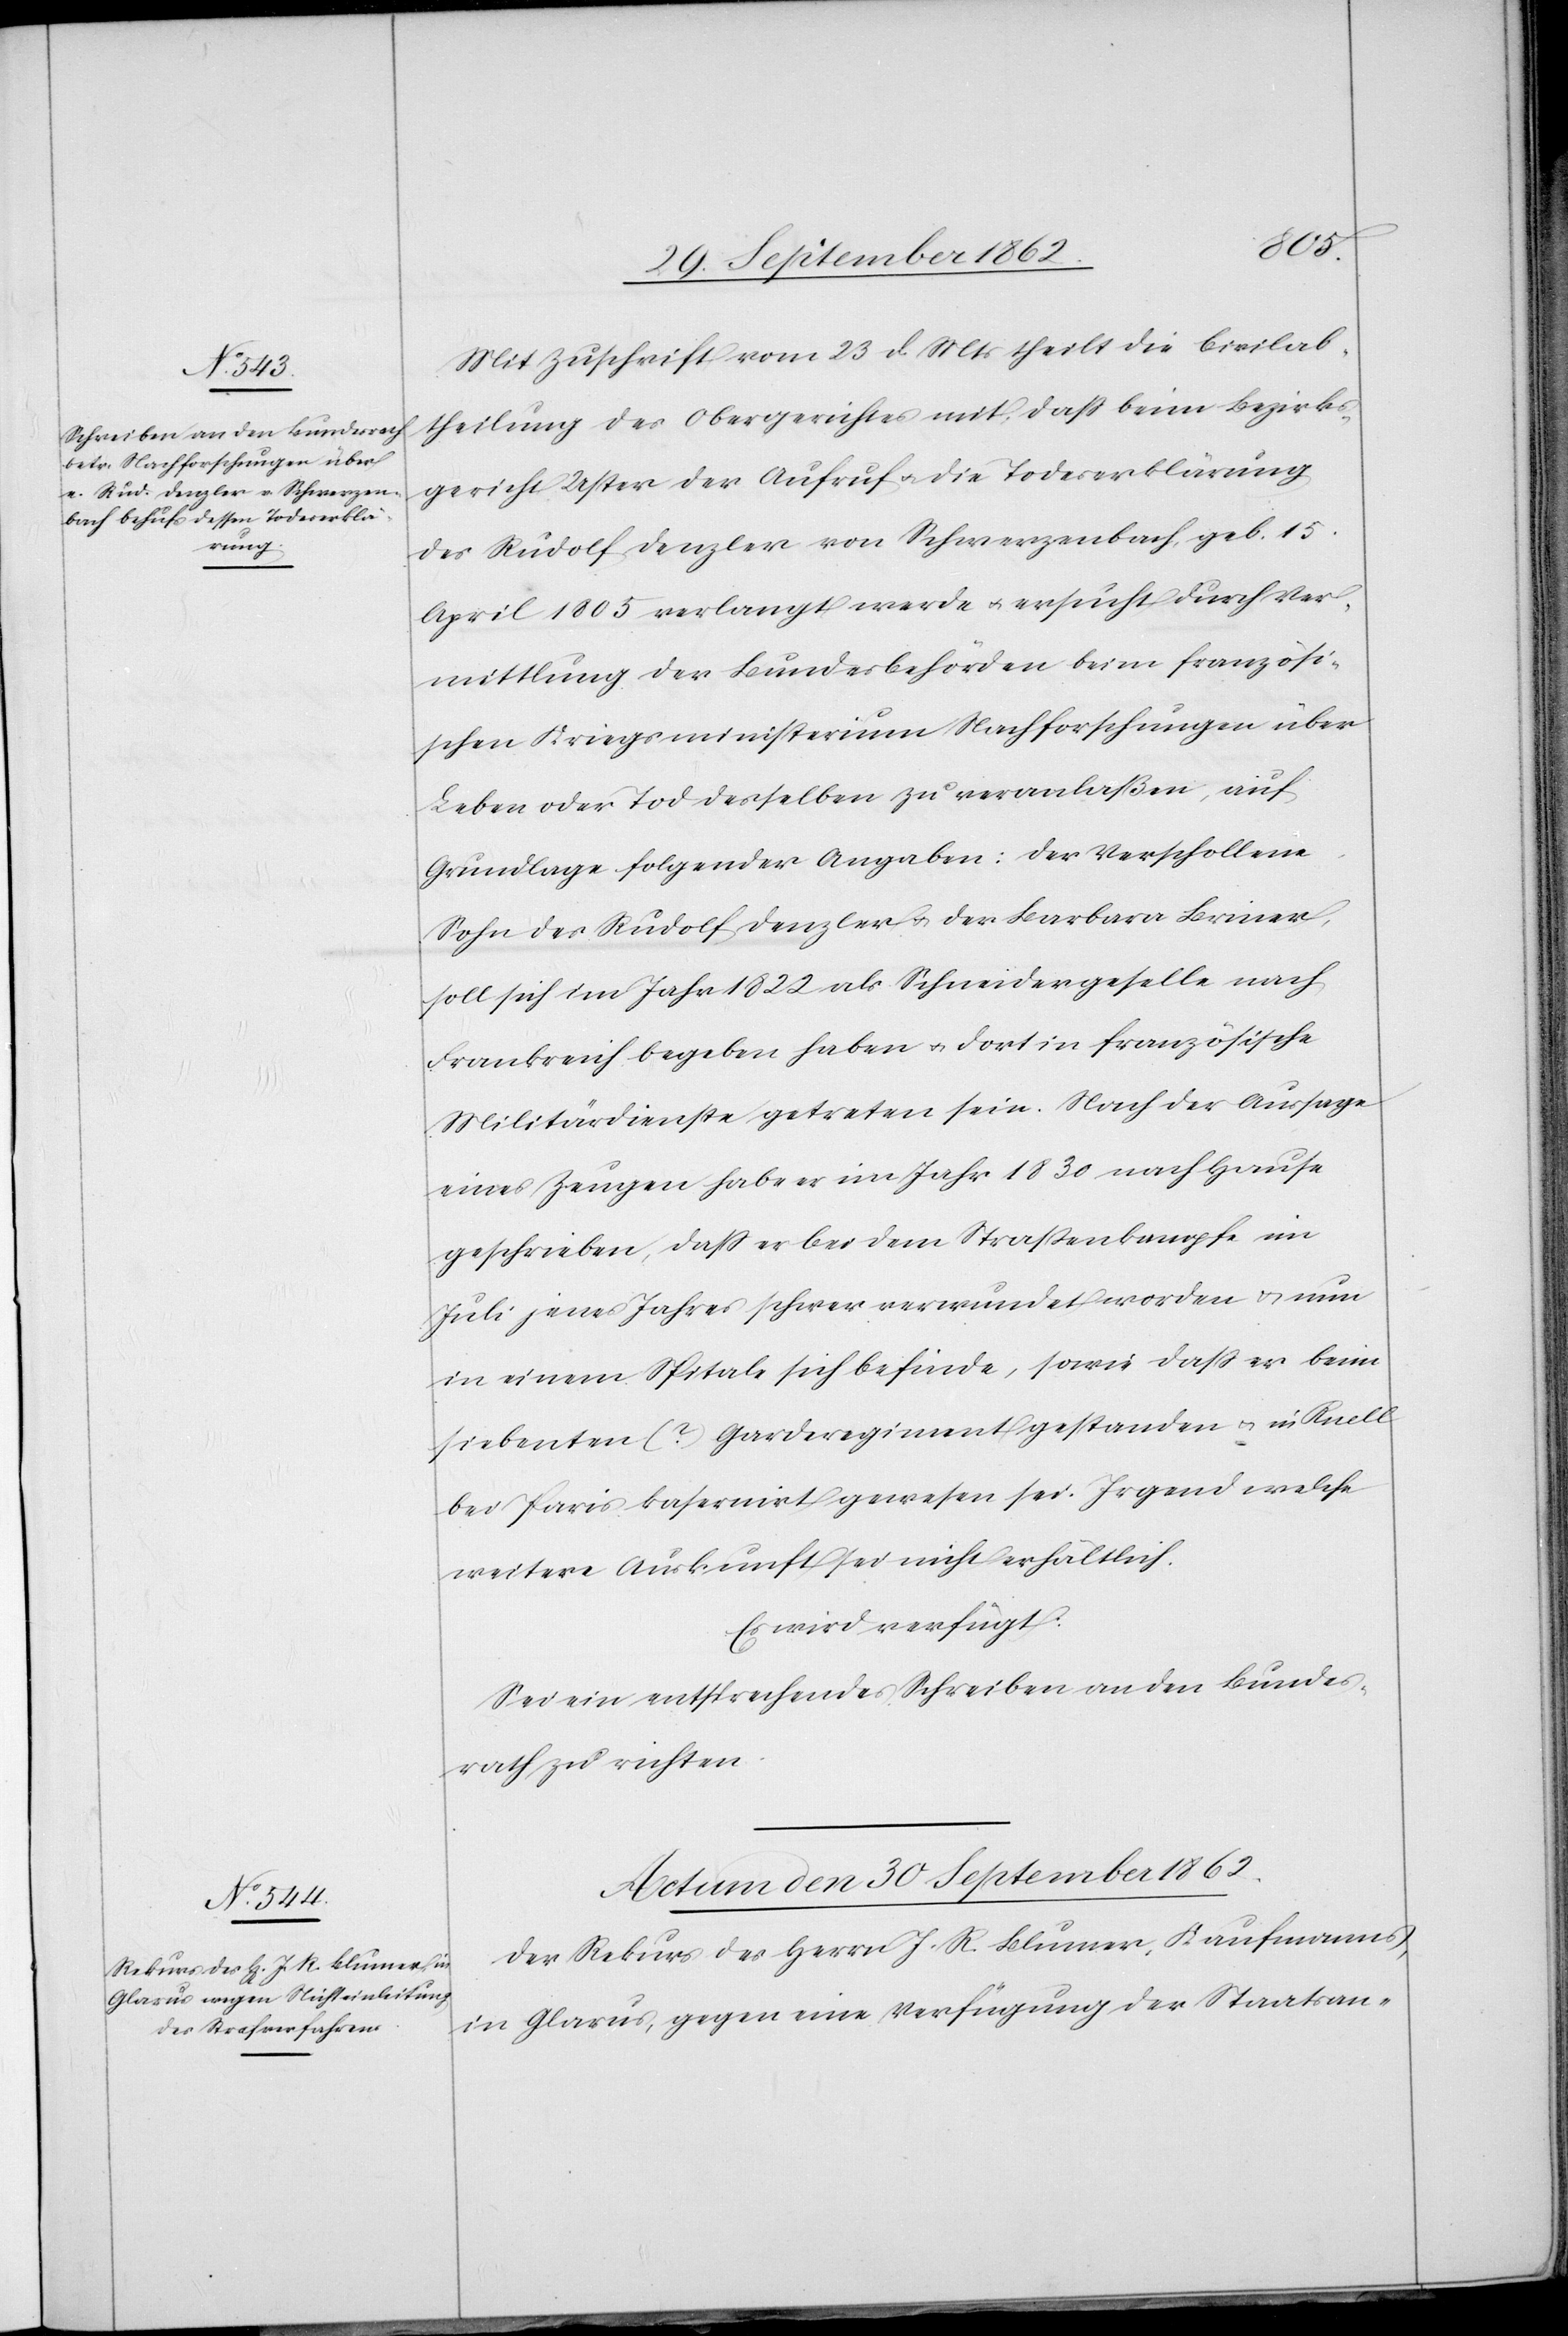
29. September 1862.]
Mit Zuschrift vom 23. d. Mts. theilt die Civilab¬
theilung des Obergerichtes mit, daß beim Bezirks¬
gericht Uster der Aufruf u. die Todeserklärung
des Rudolf Denzler von Schwerzenbach, geb. 15.
April 1805 verlangt werde u. ersucht durch Ver¬
mittlung der Bundesbehörden beim französi¬
schen Kriegsministerium Nachforschungen über
Leben oder Tod desselben zu veranlaßen, auf
Grundlage folgender Angaben: der Verschollene
Sohn des Rudolf Denzler u. der Barbara Briner,
soll sich im Jahr 1822 als Schneidergeselle nach
Frankreich begeben haben u. dort in französische
Militärdienste getreten sein. Nach der Aussage
eines Zeugen habe er im Jahr 1830 nach Hause
geschrieben, daß er bei dem Straßenkampfe im
Juli jenes Jahres schwer verwundet worden u. nun
in einem Spitale sich befinde, sowie daß er beim
siebenten (?) Garderegiment gestanden u. in Ruell
bei Paris kasernirt gewesen sei. Irgend welche
weitere Auskunft sei nicht erhältlich.
Es wird verfügt:
Sei ein entsprechendes Schreiben an den Bundes¬
rath zu richten.
Actum den 30. September 1862.
Der Rekurs des Herrn J. R. Blumer, Kaufmanns,
in Glarus, gegen eine Verfügung der Staatsan-